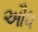
ઔધ